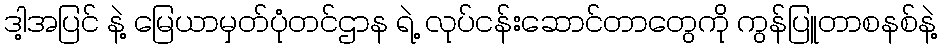
ဒါ့အပြင် နဲ့ မြေယာမှတ်ပုံတင်ဌာန ရဲ့ လုပ်ငန်းဆောင်တာတွေကို ကွန်ပြူတာစနစ်နဲ့